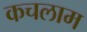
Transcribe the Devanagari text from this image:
कचलाम